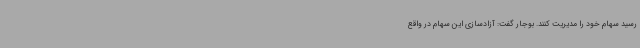
رسید سهام خود را مدیریت کنند. بوجار گفت: آزادسازی این سهام در واقع